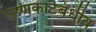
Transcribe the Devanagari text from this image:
उष्णकटिंबंधीय